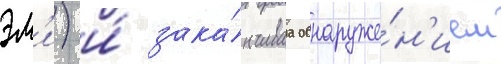
эм'и) и́ зака́нчиваа обнаруже́н'ием